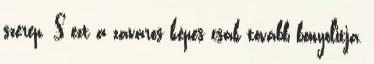
szerep. S ezt a zavaros képes csak tovább bonyolitja,